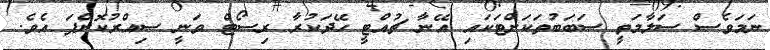
ނަމަވެސް ސަލާމަތީ ސަބަބުތަކަށްޓަކައި އޭނާ ޗުއްޓީ ހޭދަކުރާ ރިސޯޓް ވަނީ ސިއްރުކޮށްފަ އެވެ.